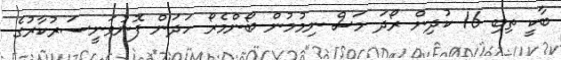
ބާކީ ތިބި 16 ކުދިން ރޯދަ މަސް ނިމުމުން ބޯންމެރޯ ހަދަން ފޮނުވަނީސަރުކާރުގެ